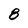
Character: 8